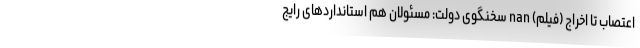
اعتصاب تا اخراج (فیلم) nan سخنگوی دولت: مسئولان هم استانداردهای رایج